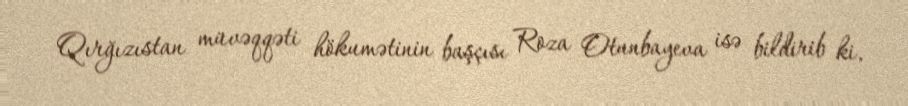
Qırğızıstan müvəqqəti hökumətinin başçısı Roza Otunbayeva isə bildirib ki,